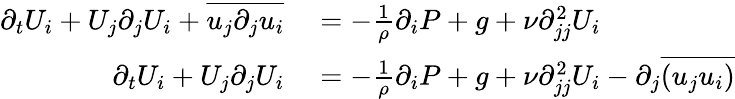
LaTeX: \begin{array}{rl}{\partial_{t}U_{i}+U_{j}\partial_{j}U_{i}+\overline{{u_{j}\partial_{j}u_{i}}}}&{{}=-\frac{1}{\rho}\partial_{i}P+g+\nu\partial_{jj}^{2}U_{i}}\\ {\partial_{t}U_{i}+U_{j}\partial_{j}U_{i}}&{{}=-\frac{1}{\rho}\partial_{i}P+g+\nu\partial_{jj}^{2}U_{i}-\partial_{j}\overline{{(u_{j}u_{i})}}}\end{array}